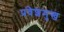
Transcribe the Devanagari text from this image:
प्रवेशमुख